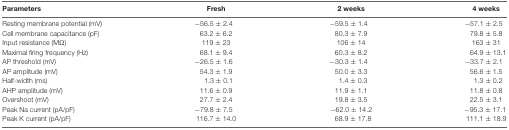
| Parameters | Fresh | 2 weeks | 4 weeks |
 | --- | --- | --- | --- |
 | Resting membrane potential (mV) | −56.5 ± 2.4 | −59.5 ± 1.4 | −57.1 ± 2.5 |
 | Cell membrane capacitance (pF) | 63.2 ± 6.2 | 80.3 ± 7.9 | 79.8 ± 5.8 |
 | Input resistance (MΩ) | 119 ± 23 | 106 ± 14 | 163 ± 31 |
 | Maximal firing frequency (Hz) | 68.1 ± 9.4 | 60.3 ± 8.2 | 64.9 ± 13.1 |
 | AP threshold (mV) | −26.5 ± 1.6 | −30.3 ± 1.4 | −33.7 ± 2.1 |
 | AP amplitude (mV) | 54.3 ± 1.9 | 50.0 ± 3.3 | 56.6 ± 1.5 |
 | Half-width (ms) | 1.3 ± 0.1 | 1.4 ± 0.3 | 1.3 ± 0.2 |
 | AHP amplitude (mV) | 11.6 ± 0.9 | 11.9 ± 1.1 | 11.8 ± 0.8 |
 | Overshoot (mV) | 27.7 ± 2.4 | 19.8 ± 3.5 | 22.5 ± 3.1 |
 | Peak Na current (pA/pF) | −79.8 ± 7.5 | −62.0 ± 14.2 | −95.3 ± 17.1 |
 | Peak K current (pA/pF) | 116.7 ± 14.0 | 68.9 ± 17.8 | 111.1 ± 18.9 |